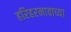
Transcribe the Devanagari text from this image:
हरिहरनावाच्या